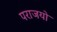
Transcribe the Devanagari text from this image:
पराजयो